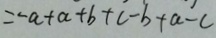
= - a + a + b + c - b + a - c